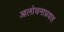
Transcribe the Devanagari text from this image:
आलोचनाप्रवाह